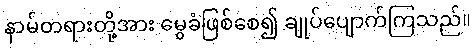
နာမ်တရားတို့အား မွေခံဖြစ်စေ၍ ချုပ်ပျောက်ကြသည်။